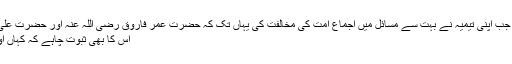
دماغ میں خرابی اورفتور کی وجہ سے جب اپنی تیمیہ نے بہت سے مسائل میں اجماعِ امّت کی مخالفت کی یہاں تک کہ حضرت عمر فاروق رضی اللہ عنہ اور حضرت علی اللہ عنہ کو بھی اعتراض کا نشانہ بنایا
اس کا بھی ثبوت چاہے کہ کہاں اور کس مسئلے میں انھوں نے ایسا کہا ؟